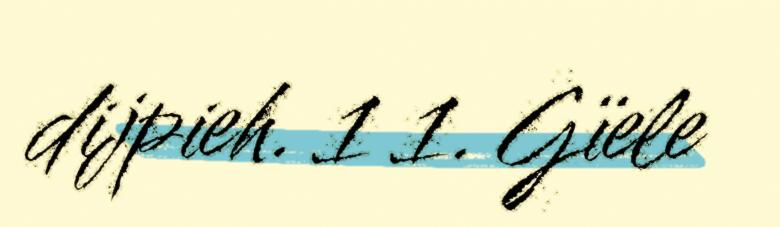
dijpieh. 1 1. Gïele